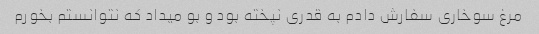
مرغ سوخاری سفارش دادم به قدری نپخته بود و بو میداد که نتوانستم بخورم